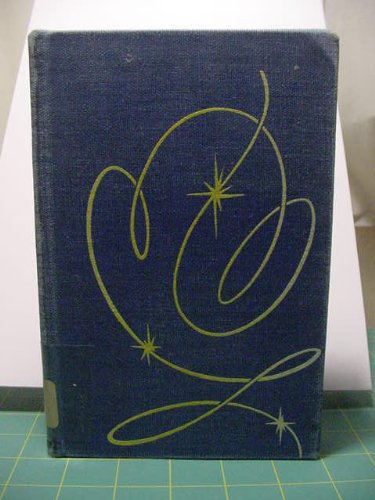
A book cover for Tall Tale America; Walter Blair; Humor & Entertainment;